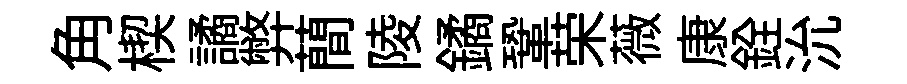
角楔譎弊蕳陵鐍鞏荣薇康銓沇